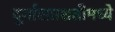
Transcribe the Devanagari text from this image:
दुर्गासप्तशतीमध्ये